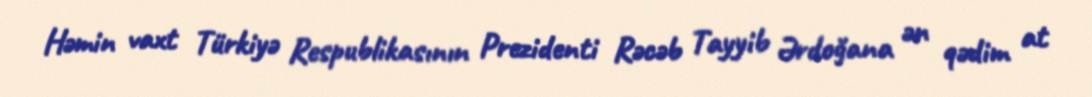
Həmin vaxt Türkiyə Respublikasının Prezidenti Rəcəb Tayyib Ərdoğana ən qədim at